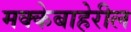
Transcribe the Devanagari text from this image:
मक्केबाहेरील